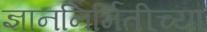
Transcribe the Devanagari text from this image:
ज्ञाननिर्मितीच्या